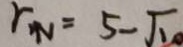
r _ { N } = 5 - \sqrt { 1 0 }